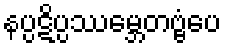
နပ္ပဋိပ္ပဿမ္ဘေတဗ္ဗံပေ